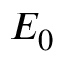
E _ { 0 }